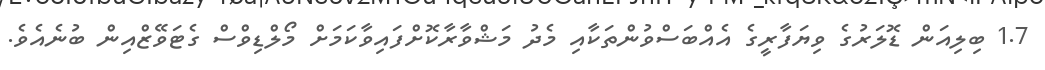
1.7 ބިލިއަން ޑޮލަރުގެ ވިޔަފާރީގެ އެއްބަސްވުންތަކާއި މެދު މަޝްވާރާކޮށްފައިވާކަމަށް މޯލްޑިވްސް ގެޓަވޭޒްއިން ބުނެއެވެ.